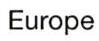
Europe